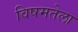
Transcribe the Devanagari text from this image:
विषमतेला